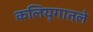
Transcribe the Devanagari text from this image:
कलियुगातले